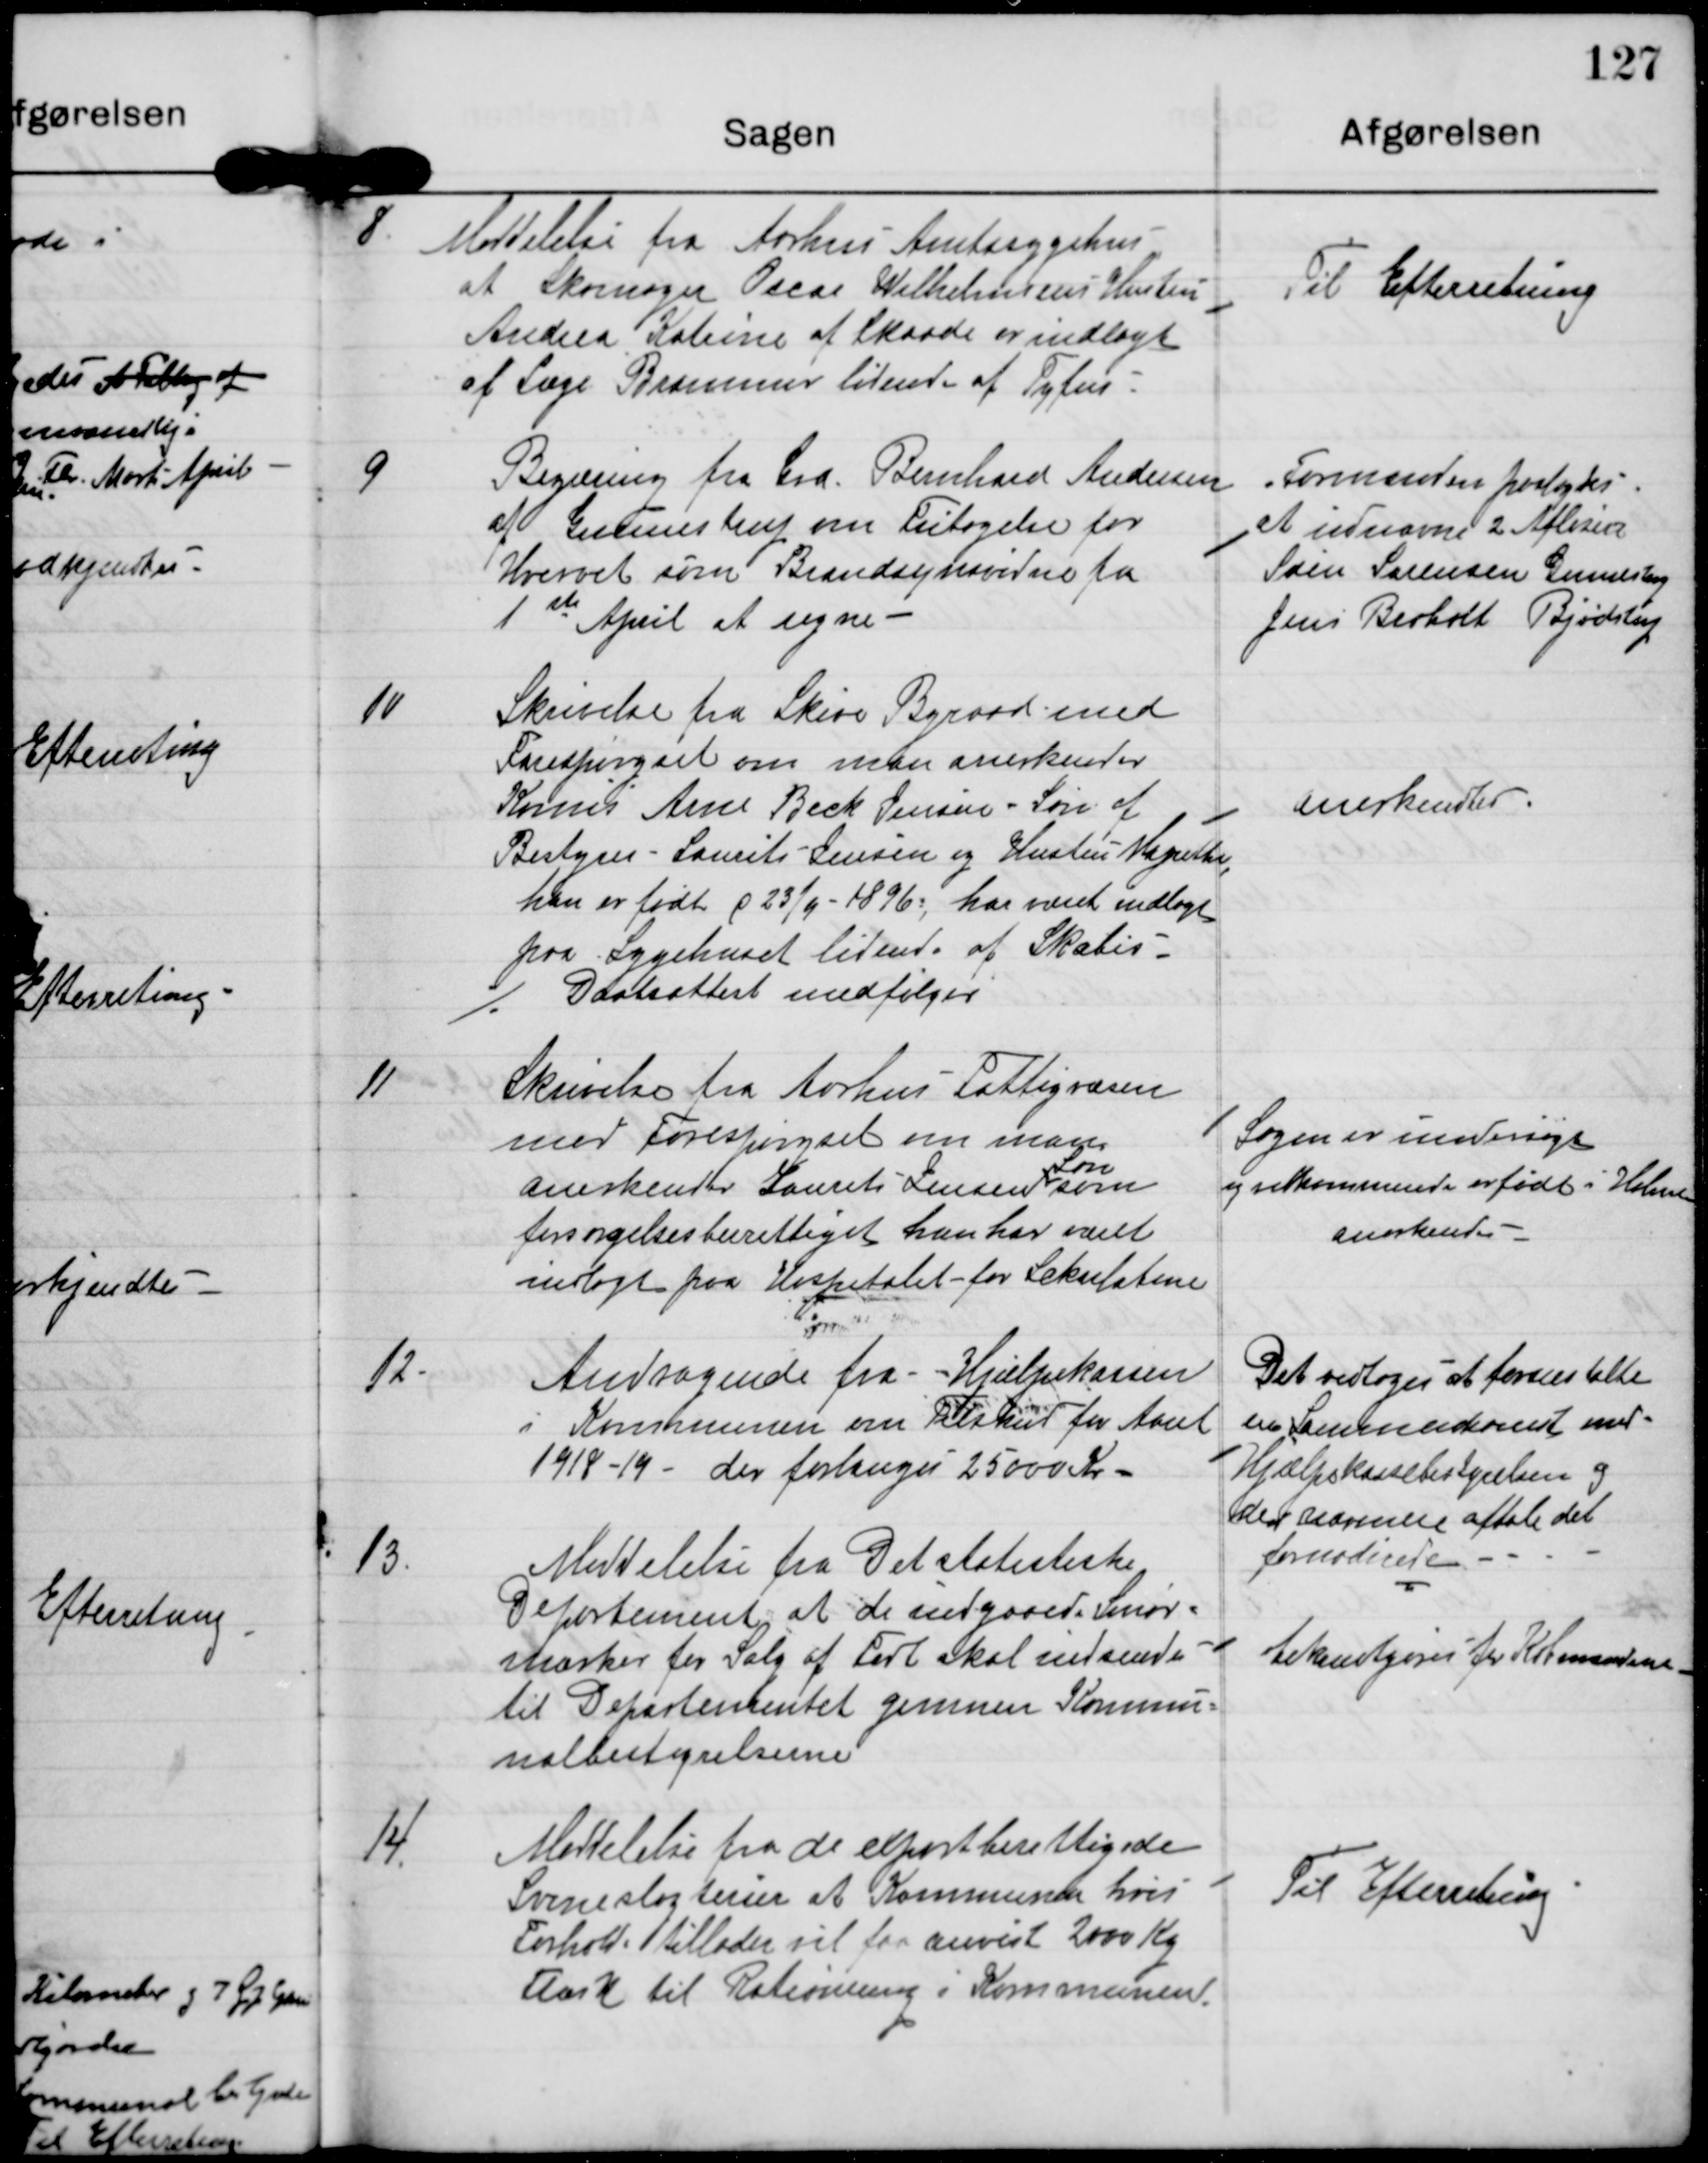
Transskription:
8.

Meddelelse fra Aarhus Amtssygehus
at Skomager Oscar Wilhelmsens Hustru
Andrea Katrine af Skaade er indlagt
af Læge Brammer lidende af Tyfus

Til Efterretning

9

Begæring fra Grd. Bernhard Andersen
af Gunnestrup om Fritagelse for
Hvervet som Brandsynsvidne fra
1 st April at regne.

Formanden foreslog
at udnævne 2 Afløsere
Søren Sørensen Gunnestrup
Jens Berholt Bjødstrup

10

Skrivelse fra Skive Byraad med
Forespørgsel om man anerkender
Komis Arne Bech Jensen - Søn af
Bestyrer Laurits Jensen og Hustru Magrethe
han er født d 23/4-1896, har været indlagt
paa Sygehuset lidende af Skabis
./. Daabsattest medfølger

anerkendtes

11

Skrivelse fra Aarhus Fattigvæsen
med Forespørgsel om man
Søn
anerkender Laurits Jensens som
forsørgelsesberettiget han har været
indlagt paa Hospitalet for Sekulatine

Sagen er undersøgt
og vedkommende er født i Holme
anerkendes

12.

Andragende fra Hjælpekassen
i Kommunen om Tilskud for Aaret
1918-19 - der forlanges 25000 Kr.

Det vedtoges at foranstalte
en Sammenkomst med
Hjælpekassebestyrelsen og
der nærmere aftale det
fornødnede.

13.

Meddelelse fra Det statistiske
Departement at de indgaaede Smør-
mærker for Salg af Kort skal indsendes
til Departementet gennem Kommu
nalbestyrelserne.

Bekendtgøres for Købmændene

14.

Meddelelse fra de exportberettigede
Svineslagterier at Kommuner hvis
Forhold tillader vil faa anvist 2000 Kg
Flæsk til Rationering i Kommunen.

Til Efterretning